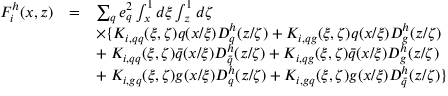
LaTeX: \begin{array} { r c l } { { F _ { i } ^ { h } ( x , z ) } } & { { = } } & { { \sum _ { q } e _ { q } ^ { 2 } \int _ { x } ^ { 1 } d \xi \int _ { z } ^ { 1 } d \zeta } } \\ { { } } & { { } } & { { \times \{ K _ { i , q q } ( \xi , \zeta ) q ( x / \xi ) D _ { q } ^ { h } ( z / \zeta ) + K _ { i , q g } ( \xi , \zeta ) q ( x / \xi ) D _ { g } ^ { h } ( z / \zeta ) } } \\ { { } } & { { } } & { { + \; K _ { i , q q } ( \xi , \zeta ) \bar { q } ( x / \xi ) D _ { \bar { q } } ^ { h } ( z / \zeta ) + K _ { i , q g } ( \xi , \zeta ) \bar { q } ( x / \xi ) D _ { g } ^ { h } ( z / \zeta ) } } \\ { { } } & { { } } & { { + \; K _ { i , g q } ( \xi , \zeta ) g ( x / \xi ) D _ { q } ^ { h } ( z / \zeta ) + K _ { i , g q } ( \xi , \zeta ) g ( x / \xi ) D _ { \bar { q } } ^ { h } ( z / \zeta ) \} } } \end{array}